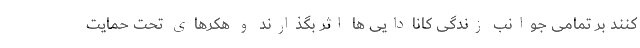
کنند بر تمامی جوانب زندگی کانادایی ها اثر بگذارند و هکرهای تحت حمایت